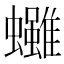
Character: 𧕘